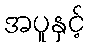
အပူနှင့်